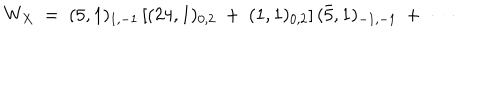
LaTeX: W _ { X } \ = \ ( 5 , 1 ) _ { 1 , - 1 } \left[ ( 2 4 , 1 ) _ { 0 , 2 } \ + \ ( 1 , 1 ) _ { 0 , 2 } \right] ( { \bar { 5 } } , 1 ) _ { - 1 , - 1 } \ + \ \cdots